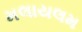
મલાયલમ